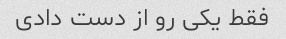
فقط یکی رو از دست دادی